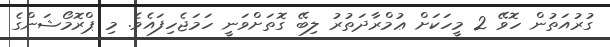
ގުރުއަތުން ހޮވޭ 2 މީހަކަށް ޢުމްރާދަތުރު ލިބޭ ގޮތަށްވަނީ ހަމަޖެހިފައެވެ. މި ޕްރޮމޯޝަންގެ